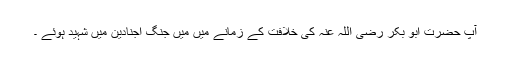
آپ حضرت ابو بکر رضی اللہ عنہ کی خلافت کے زمانے میں میں جنگ اجنادین میں شہید ہوئے ۔